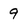
Character: 9